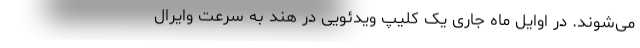
می‌شوند. در اوایل ماه جاری یک کلیپ ویدئویی در هند به سرعت وایرال